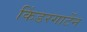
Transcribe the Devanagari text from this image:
किंडरगार्टेन